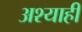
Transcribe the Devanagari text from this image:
अश्याही